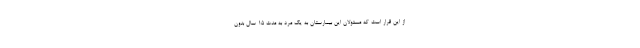
از این قرار است که مسئولان این بیمارستان به یک مرد به مدت ۱۵ سال بدون